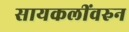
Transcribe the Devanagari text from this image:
सायकलींवरुन